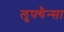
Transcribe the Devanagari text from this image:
लुफ्थैन्सा